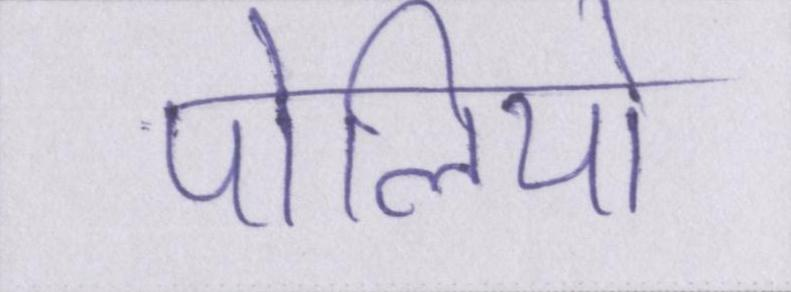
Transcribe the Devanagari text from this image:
पोलियो